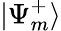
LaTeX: \mathinner{|{\Psi_{m}^{+}}\rangle}